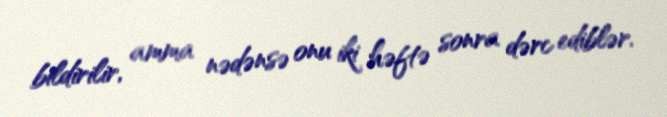
bildirilir, amma nədənsə onu iki həftə sonra dərc ediblər.